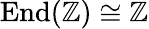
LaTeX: \operatorname{End}(\mathbb{Z})\cong\mathbb{Z}